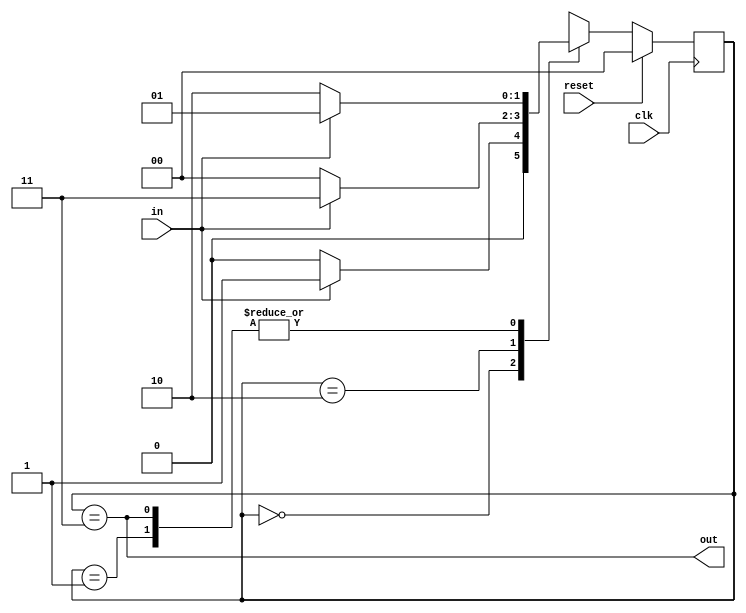
module top_module(
    input clk,
    input in,
    input reset,
    output out); //

	parameter A = 2'b00, B = 2'b01, C = 2'b10, D = 2'b11;
    wire[1:0] state, next_state;
    // State transition logic
    always@(*) begin
        case(state)
            A : next_state = in ? B : A;
            B : next_state = in ? B : C;
            C : next_state = in ? D : A;
            D : next_state = in ? B : C;
        endcase
    end
    // State flip-flops with asynchronous reset
    always@(posedge clk) begin
        if(reset)
            state = A;
        else
            state = next_state;
    end
    
    // Output logic
	assign out = state == D;

endmodule